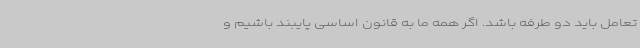
تعامل باید دو طرفه باشد. اگر همه ما به قانون اساسی پایبند باشیم و